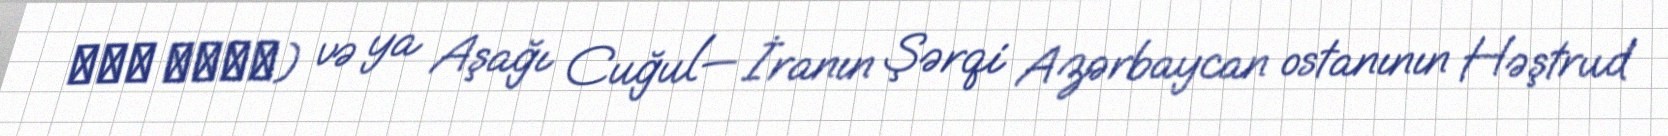
جغل سفلي) və ya Aşağı Cuğul— İranın Şərqi Azərbaycan ostanının Həştrud